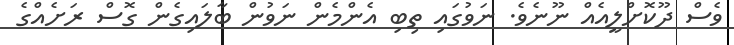
ވެސް ދޫކޮށްލީއެއް ނޫނެވެ. ނަވުގައި ތިބި އެންމެން ނަވުން ބާލައިގެން ގޮސް ރަށެއްގެ